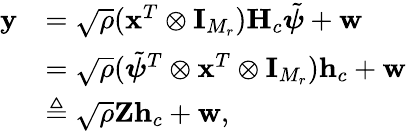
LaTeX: \begin{array}{rl}{\mathbf{y}}&{=\sqrt{\rho}(\mathbf{x}^{T}\otimes\mathbf{I}_{M_{r}})\mathbf{H}_{c}\tilde{\boldsymbol{\psi}}+\mathbf{w}}\\ &{=\sqrt{\rho}(\tilde{\boldsymbol{\psi}}^{T}\otimes\mathbf{x}^{T}\otimes\mathbf{I}_{M_{r}})\mathbf{h}_{c}+\mathbf{w}}\\ &{\triangleq\sqrt{\rho}\mathbf{Z}\mathbf{h}_{c}+\mathbf{w},}\end{array}